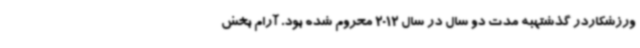
ورزشکاردر گذشتهبه مدت دو سال در سال 2012 محروم شده بود. آرام بخش